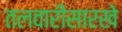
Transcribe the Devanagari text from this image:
तलवारीसारखे